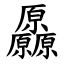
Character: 厵